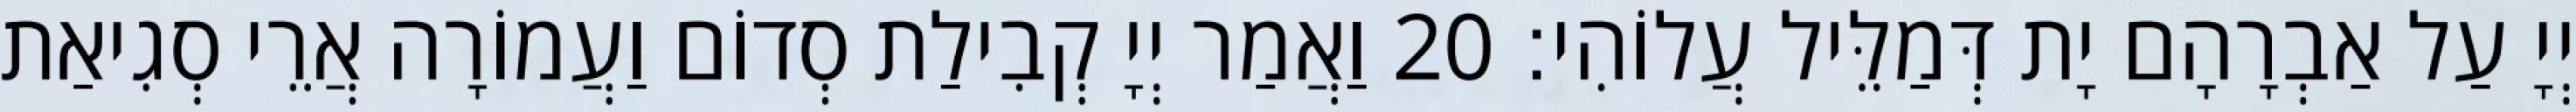
יְיָ עַל אַבְרָהָם יָת דְּמַלֵּיל עֲלוֹהִי׃ 20 וַאֲמַר יְיָ קְבִילַת סְדוֹם וַעֲמוֹרָה אֲרֵי סְגִיאַת